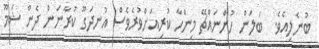
ބުނެލިއެވެ.  ބަލަން ހުންނައްޗޭ މިންހާ ކުރިއަށްވުރެވެސް އުނދަގޫ ކުރާނަން ދެން ޝަމޫ